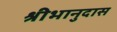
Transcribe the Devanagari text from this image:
श्रीभानुदास